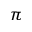
_ \pi